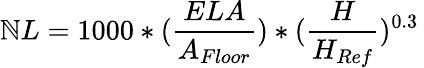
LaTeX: \mathbb{N}L=1000*({\frac{{ELA}}{{A_{Floor}}}})*({\frac{{H}}{{H_{Ref}}}})^{0.3}\,